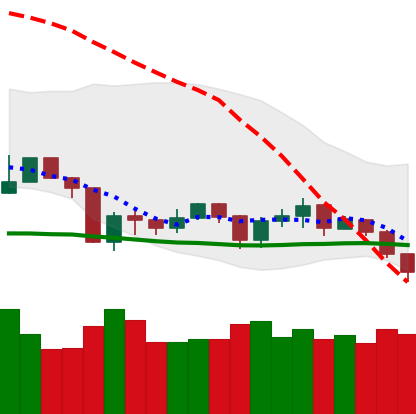
Ticker: NEO-USD
Chart end date: 2019-08-29
Forward return: 5.969%
Label: up_5_7